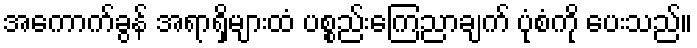
အကောက်ခွန် အရာရှိများထံ ပစ္စည်းကြေညာချက် ပုံစံကို ပေးသည်။